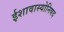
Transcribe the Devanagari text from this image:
ईशावास्योनिषद